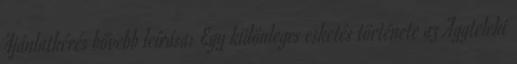
Ajánlatkérés bővebb leírása: Egy különleges esketés története az Aggteleki